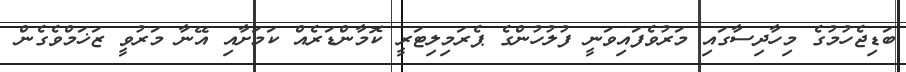
ބަޑިޖެހުމުގެ މިހާދިސާގައި މަރުވެފައިވަނީ ފުލުހުންގެ ޕެރަމިލިޓަރީ ކޮމާންޑަރެއް ކަމަށާއި އޭނާ މަރުވީ ޒަޚަމްވެގެން